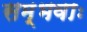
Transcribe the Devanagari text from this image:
सम्भवाः